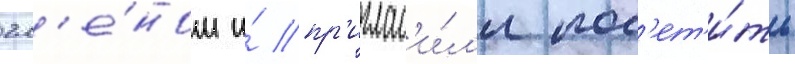
чл'е́ном и́ пр'иглас'и́л'и пос'ет'и́ть